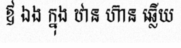
ឪ ឯង ក្នុង ឋាន ហ៊ាន ឆ្លើយ